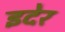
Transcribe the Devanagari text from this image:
इदेर